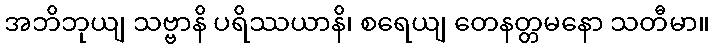
အဘိဘုယျ သဗ္ဗာနိ ပရိဿယာနိ၊ စရေယျ တေနတ္တမနော သတီမာ။